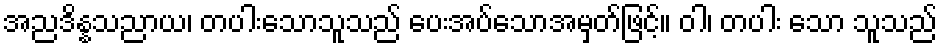
အညဒိန္နသညာယ၊ တပါးသောသူသည် ပေးအပ်သောအမှတ်ဖြင့်။ ဝါ၊ တပါး သော သူသည်